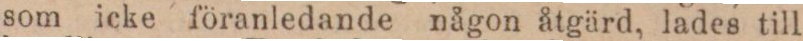
som icke föranledande någon åtgärd, lades till